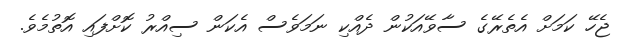
ޖެހޭ ކަމަށް އެތެރޭގެ ސާވޭއަކުން ދެއްކި ނަމަވެސް އެކަން ސިއްރު ކޮށްފައި އޮތުމެވެ.